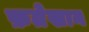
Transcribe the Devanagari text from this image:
फ़तेखान